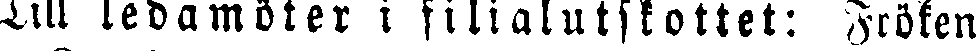
Till ledamöter i filialutskottet: Fröken